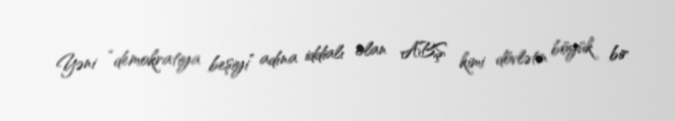
Yəni “demokratiya beşiyi” adına iddialı olan ABŞ kimi dövlətin böyük bir